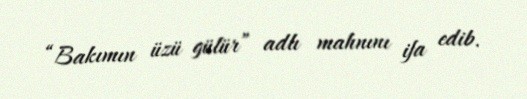
“Bakımın üzü gülür” adlı mahnını ifa edib.